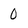
Character: 0